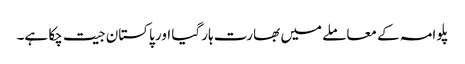
پلوامہ کے معاملے میں بھارت ہار گیا اور پاکستان جیت چکا ہے۔